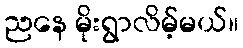
ညနေ မိုးရွာလိမ့်မယ်။